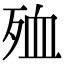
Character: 殈